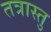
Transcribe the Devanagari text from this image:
तत्रास्तु